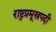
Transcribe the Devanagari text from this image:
राष्ट्रप्रमूखपदी